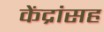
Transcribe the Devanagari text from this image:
केंद्रांसह